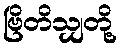
ဗြိတိသျှတို့